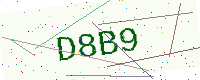
Text: D8B9